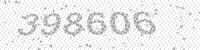
Solution: 398606